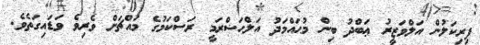
ފިރިކަލުން އަލްވަޒީރު ޢަބްދު ބިން މުޙައްމަދު އަލްޙަޟްރަމީ ރަސްކަމުގެ މައްޗަށް ވެރިވެ ވަޑައިގަތެވެ.